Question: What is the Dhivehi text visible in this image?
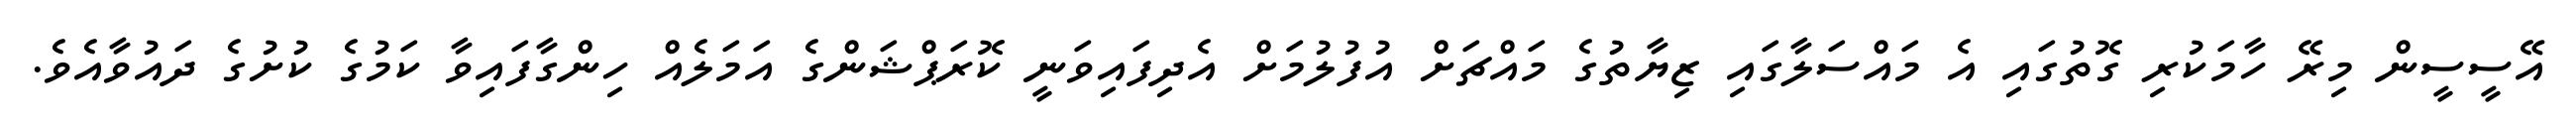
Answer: އޭސީސީން މިރޭ ހާމަކުރި ގޮތުގައި އެ މައްސަލާގައި ޒިޔާތުގެ މައްޗަށް އުފުލުމަށް އެދިފައިވަނީ ކޮރަޕްޝަންގެ އަމަލެއް ހިންގާފައިވާ ކަމުގެ ކުށުގެ ދައުވާއެވެ.